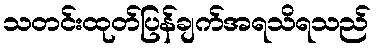
သတင်းထုတ်ပြန်ချက်အရသိရသည်